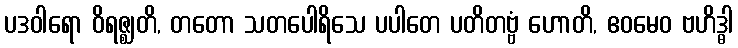
ပဒဝါရော ဝိရဇ္ဈတိ, တတော သတပေါရိသေ ပပါတေ ပတိတဗ္ဗံ ဟောတိ, ဧဝမေဝ ဗဟိဒ္ဓါ